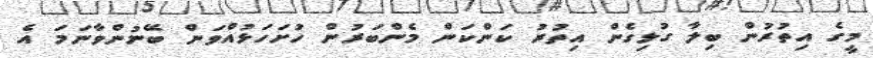
މީގެ އިތުރުން ބިލާ ގުޅިގެން އިތުރު ކަންކަން މެންބަރުން ހުށަހަޅުއްވަން ބޭނުންވާނަމަ އެ